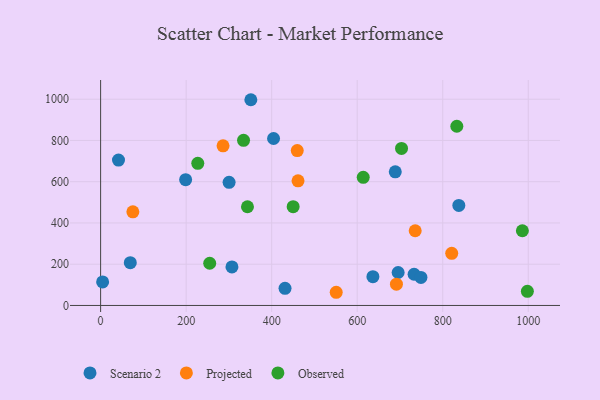
{"axis": {"x": "Study Hours", "y": "Salary"}, "legend": ["Observed", "Projected", "Scenario 2"], "data": [{"x": "300.4", "y": 596.9, "type": "Scenario 2"}, {"x": "404.4", "y": 809.3, "type": "Scenario 2"}, {"x": "69.4", "y": 207.4, "type": "Scenario 2"}, {"x": "431.2", "y": 83.1, "type": "Scenario 2"}, {"x": "695.7", "y": 159.7, "type": "Scenario 2"}, {"x": "4.7", "y": 114.0, "type": "Scenario 2"}, {"x": "837.6", "y": 484.9, "type": "Scenario 2"}, {"x": "636.7", "y": 139.4, "type": "Scenario 2"}, {"x": "198.8", "y": 610.0, "type": "Scenario 2"}, {"x": "733.0", "y": 151.2, "type": "Scenario 2"}, {"x": "307.1", "y": 186.9, "type": "Scenario 2"}, {"x": "689.0", "y": 648.0, "type": "Scenario 2"}, {"x": "749.0", "y": 135.7, "type": "Scenario 2"}, {"x": "41.8", "y": 704.7, "type": "Scenario 2"}, {"x": "351.3", "y": 997.4, "type": "Scenario 2"}, {"x": "691.7", "y": 103.0, "type": "Projected"}, {"x": "821.0", "y": 252.9, "type": "Projected"}, {"x": "459.8", "y": 751.0, "type": "Projected"}, {"x": "461.6", "y": 604.3, "type": "Projected"}, {"x": "550.9", "y": 63.9, "type": "Projected"}, {"x": "735.6", "y": 362.1, "type": "Projected"}, {"x": "75.4", "y": 454.1, "type": "Projected"}, {"x": "286.3", "y": 773.7, "type": "Projected"}, {"x": "614.1", "y": 621.1, "type": "Observed"}, {"x": "450.2", "y": 479.0, "type": "Observed"}, {"x": "832.9", "y": 868.9, "type": "Observed"}, {"x": "255.1", "y": 204.5, "type": "Observed"}, {"x": "703.6", "y": 761.1, "type": "Observed"}, {"x": "986.2", "y": 362.1, "type": "Observed"}, {"x": "334.2", "y": 800.5, "type": "Observed"}, {"x": "343.4", "y": 478.6, "type": "Observed"}, {"x": "997.9", "y": 68.3, "type": "Observed"}, {"x": "227.2", "y": 688.9, "type": "Observed"}]}